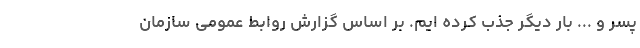
پسر و ... بار دیگر جذب کرده ایم. بر اساس گزارش روابط عمومی سازمان